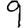
Digit: 9